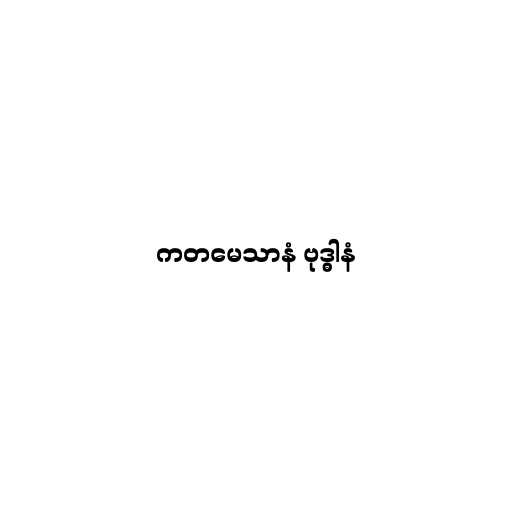
ကတမေသာနံ ဗုဒ္ဓါနံ